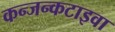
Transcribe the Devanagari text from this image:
कन्जन्कटाइवा